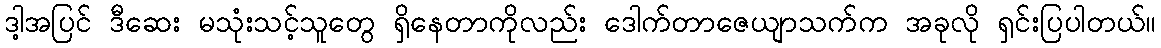
ဒါ့အပြင် ဒီဆေး မသုံးသင့်သူတွေ ရှိနေတာကိုလည်း ဒေါက်တာဇေယျာသက်က အခုလို ရှင်းပြပါတယ်။